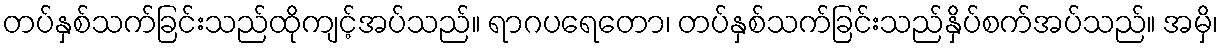
တပ်နှစ်သက်ခြင်းသည်ထိုကျင့်အပ်သည်။ ရာဂပရေတော၊ တပ်နှစ်သက်ခြင်းသည်နှိပ်စက်အပ်သည်။ အမှိ၊